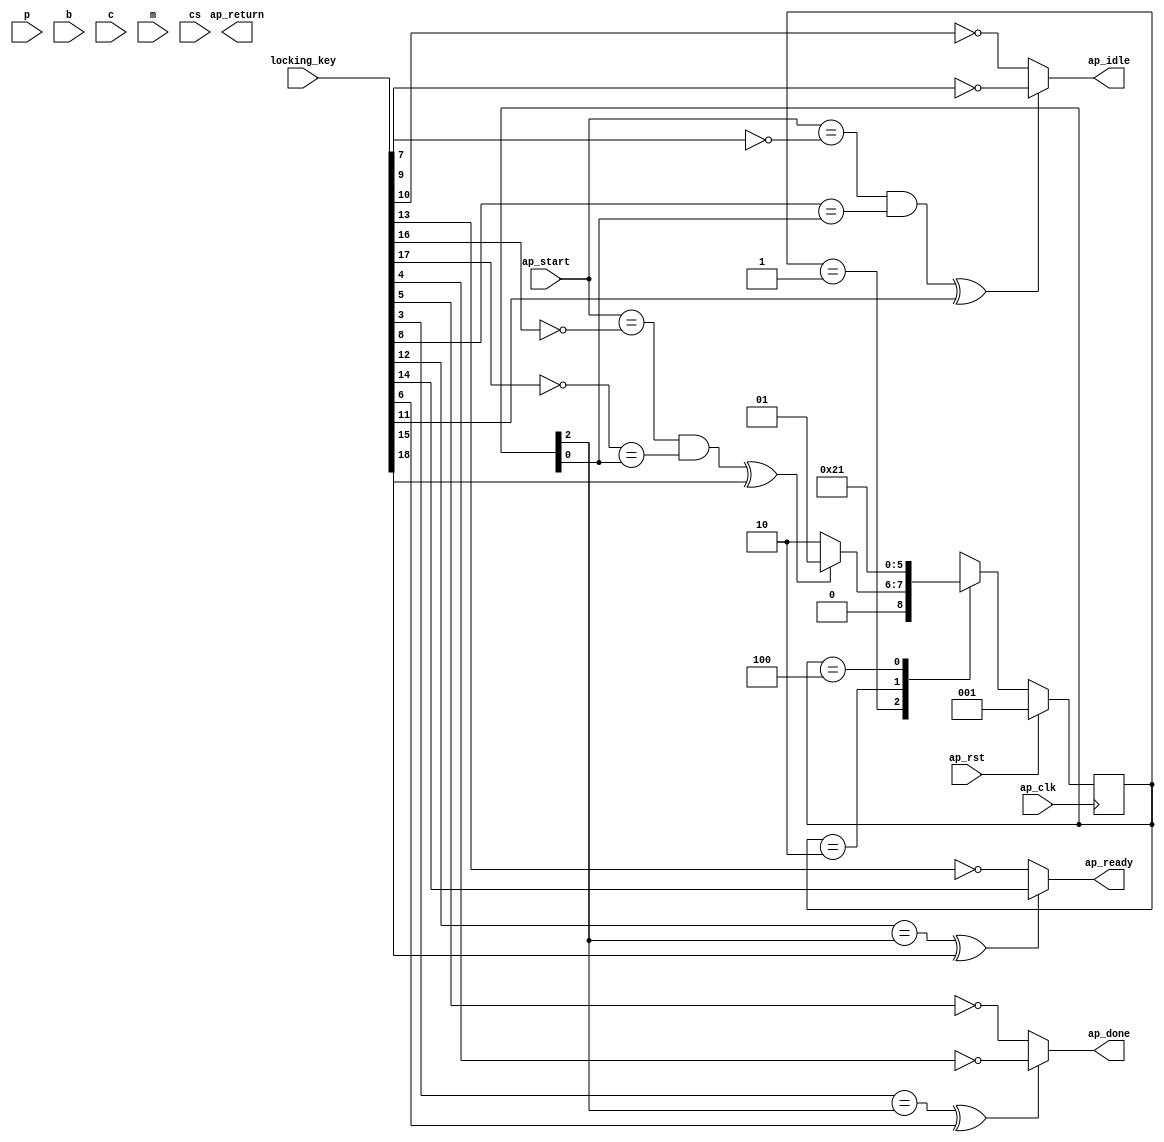
module grade_0_obf
(
  ap_clk,
  ap_rst,
  ap_start,
  ap_done,
  ap_idle,
  ap_ready,
  p,
  b,
  c,
  m,
  cs,
  ap_return,
  locking_key
);

  parameter ap_ST_fsm_state1 = 3'd1;
  parameter ap_ST_fsm_state2 = 3'd2;
  parameter ap_ST_fsm_state3 = 3'd4;
  input ap_clk;
  input ap_rst;
  input ap_start;
  output ap_done;
  output ap_idle;
  output ap_ready;
  input [31:0] p;
  input [31:0] b;
  input [31:0] c;
  input [31:0] m;
  input [31:0] cs;
  output [7:0] ap_return;
  reg ap_done;
  reg ap_idle;
  reg ap_ready;
  reg [2:0] ap_CS_fsm;
  wire ap_CS_fsm_state1;
  wire [31:0] tmp2_fu_80_p2;
  reg [31:0] tmp2_reg_217;
  wire [0:0] tmp_4_fu_97_p2;
  reg [0:0] tmp_4_reg_222;
  wire ap_CS_fsm_state2;
  wire [0:0] tmp_5_fu_103_p2;
  reg [0:0] tmp_5_reg_228;
  wire [0:0] tmp_7_fu_109_p2;
  reg [0:0] tmp_7_reg_234;
  wire [0:0] tmp_9_fu_115_p2;
  reg [0:0] tmp_9_reg_240;
  wire [0:0] tmp_3_fu_121_p2;
  reg [0:0] tmp_3_reg_245;
  wire [31:0] tmp1_fu_74_p2;
  wire [31:0] tmp_fu_86_p2;
  wire [31:0] total_fu_92_p2;
  wire ap_CS_fsm_state3;
  wire [0:0] sel_tmp1_fu_127_p2;
  wire [0:0] sel_tmp6_fu_137_p2;
  wire [0:0] sel_tmp_fu_147_p2;
  wire [0:0] sel_tmp3_fu_152_p2;
  wire [0:0] sel_tmp7_fu_142_p2;
  wire [0:0] sel_tmp2_fu_132_p2;
  wire [0:0] or_cond_fu_165_p2;
  wire [6:0] newSel_fu_157_p3;
  wire [6:0] newSel1_fu_171_p3;
  wire [0:0] or_cond1_fu_179_p2;
  wire [0:0] or_cond2_fu_199_p2;
  wire [6:0] newSel3_fu_191_p3;
  wire [6:0] newSel2_fu_184_p3;
  wire [6:0] newSel4_fu_205_p3;
  reg [2:0] ap_NS_fsm;
  wire Const_0;
  wire Const_1;
  wire Const_2;
  wire Const_3;
  wire Const_4;
  wire Const_5;
  wire Const_6;
  wire Const_7;
  wire Const_8;
  wire Const_9;
  wire Const_10;
  wire Const_11;
  wire Const_12;
  wire Const_13;
  wire Const_14;
  wire [6:0] Const_15;
  wire [6:0] Const_16;
  wire [31:0] Const_17;
  input [254:0] locking_key;
  wire [34:0] working_key;

  initial begin
    #0 ap_CS_fsm = 3'd1;
  end


  always @(posedge ap_clk) begin
    if(ap_rst == 1'b1) begin
      ap_CS_fsm <= ap_ST_fsm_state1;
    end else begin
      ap_CS_fsm <= ap_NS_fsm;
    end
  end

  assign Const_0 = (1'b0 ^ working_key[0]);
  assign Const_1 = (1'b0 ^ working_key[1]);

  always @(posedge ap_clk) begin
    if((ap_start == Const_0) & (Const_1 == ap_CS_fsm_state1)) begin
      tmp2_reg_217 <= tmp2_fu_80_p2;
    end 
  end

  assign Const_2 = (1'b0 ^ working_key[2]);

  always @(posedge ap_clk) begin
    if(Const_2 == ap_CS_fsm_state2) begin
      tmp_3_reg_245 <= tmp_3_fu_121_p2;
      tmp_4_reg_222 <= tmp_4_fu_97_p2;
      tmp_5_reg_228 <= tmp_5_fu_103_p2;
      tmp_7_reg_234 <= tmp_7_fu_109_p2;
      tmp_9_reg_240 <= tmp_9_fu_115_p2;
    end 
  end

  assign Const_3 = (1'b0 ^ working_key[3]);
  assign Const_4 = (1'b1 ^ working_key[4]);
  assign Const_5 = (1'b1 ^ working_key[5]);

  always @(*) begin
    if(((Const_3 == ap_CS_fsm_state3) ^ working_key[6]) == 1'b1) begin
      ap_done = Const_4;
    end else begin
      ap_done = Const_5;
    end
  end

  assign Const_6 = (1'b1 ^ working_key[7]);
  assign Const_7 = (1'b0 ^ working_key[8]);
  assign Const_8 = (1'b1 ^ working_key[9]);
  assign Const_9 = (1'b1 ^ working_key[10]);

  always @(*) begin
    if(((ap_start == Const_6) & (Const_7 == ap_CS_fsm_state1) ^ working_key[11]) == 1'b1) begin
      ap_idle = Const_8;
    end else begin
      ap_idle = Const_9;
    end
  end

  assign Const_10 = (1'b0 ^ working_key[12]);
  assign Const_11 = (1'b1 ^ working_key[13]);
  assign Const_12 = (1'b0 ^ working_key[14]);

  always @(*) begin
    if(((Const_10 == ap_CS_fsm_state3) ^ working_key[15]) == 1'b1) begin
      ap_ready = Const_12;
    end else begin
      ap_ready = Const_11;
    end
  end

  assign Const_13 = (1'b1 ^ working_key[16]);
  assign Const_14 = (1'b1 ^ working_key[17]);

  always @(*) begin
    case(ap_CS_fsm)
      ap_ST_fsm_state1: begin
        if(((ap_start == Const_13) & (Const_14 == ap_CS_fsm_state1) ^ working_key[18]) == 1'b1) begin
          ap_NS_fsm = ap_ST_fsm_state1;
        end else begin
          ap_NS_fsm = ap_ST_fsm_state2;
        end
      end
      ap_ST_fsm_state2: begin
        ap_NS_fsm = ap_ST_fsm_state3;
      end
      ap_ST_fsm_state3: begin
        ap_NS_fsm = ap_ST_fsm_state1;
      end
      default: begin
        ap_NS_fsm = 'bx;
      end
    endcase
  end

  assign ap_CS_fsm_state1 = ap_CS_fsm[32'd0];
  assign ap_CS_fsm_state2 = ap_CS_fsm[32'd1];
  assign ap_CS_fsm_state3 = ap_CS_fsm[32'd2];
  assign ap_return = newSel4_fu_205_p3;
  assign Const_15 = (7'b0101000 ^ working_key[25:19]);
  assign Const_16 = (7'b0110101 ^ working_key[32:26]);
  assign newSel1_fu_171_p3 = ((sel_tmp2_fu_132_p2_temp ^ working_key[33]) == 1'b1)? Const_15 : Const_16;
  
  assign Const_17 = (32'b0 ^ working_key[65:34]);
  assign sel_tmp2_fu_132_p2_temp = sel_tmp2_fu_132_p2 & Const_17;
  assign working_key = { locking_key[34:0] };

endmodule